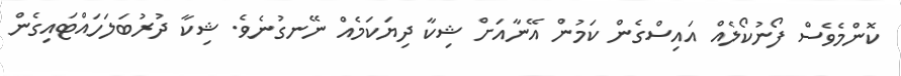
ކޮންމެވެސް ފޯނުކޯލެއް އައިސްގެން ކަމުން އޭނާއަށް ޝިކާ ދިޔަކަމެއް ނޭނގުނެވެ. ޝިކާ ދުރުބަލަހައްޓައިގެން